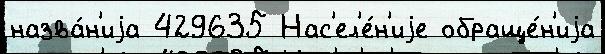
назва́н'иjа 429635 Нас'ел'е́н'иjе обраще́н'иjа